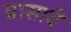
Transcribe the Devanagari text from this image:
प्रासादे